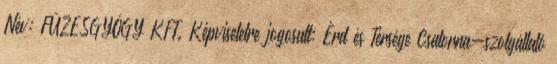
Név: FÜZESGYÓGY KFT. Képviseletre jogosult: Érd és Térsége Csatorna-szolgáltató